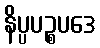
နိပ္ပပဉ္စပဒေ